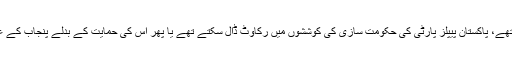
وہ عدلیہ کے مسائل بھلا کر اقتدار کی جنگ میں کود سکتے تھے، پاکستان پیپلز پارٹی کی حکومت سازی کی کوششوں میں رکاوٹ ڈال سکتے تھے یا پھر اس کی حمایت کے بدلے پنجاب کے علاوہ وفاق میں بھی اقتدار کا ایک بڑا حصہ اینٹھ سکتے تھے۔